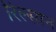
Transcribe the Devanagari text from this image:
रिल्सान